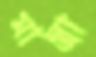
মান্ত্রা